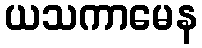
ယသကာမေန